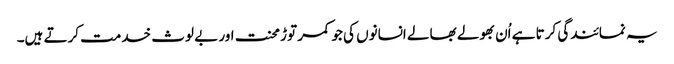
یہ نمائندگی کرتا ہے اُن بھولے بھالے انسانوں کی جو کمر توڑ محنت اور بے لوث خدمت کرتے ہیں۔